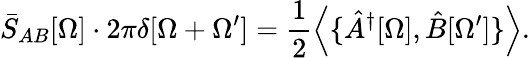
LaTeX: \bar{S}_{AB}[\Omega]\cdot 2\pi\delta[\Omega+\Omega^{\prime}]=\frac{1}{2}\left\langle{\{ \hat{A}^{\dagger}[\Omega],\hat{B}[\Omega^{\prime}]\} }\right\rangle.